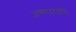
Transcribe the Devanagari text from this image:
अण्णादुराईंचे